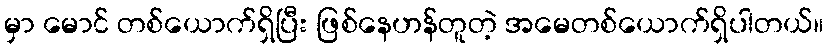
မှာ မောင် တစ်ယောက်ရှိပြီး ဖြစ်နေဟန်တူတဲ့ အမေတစ်ယောက်ရှိပါတယ်။